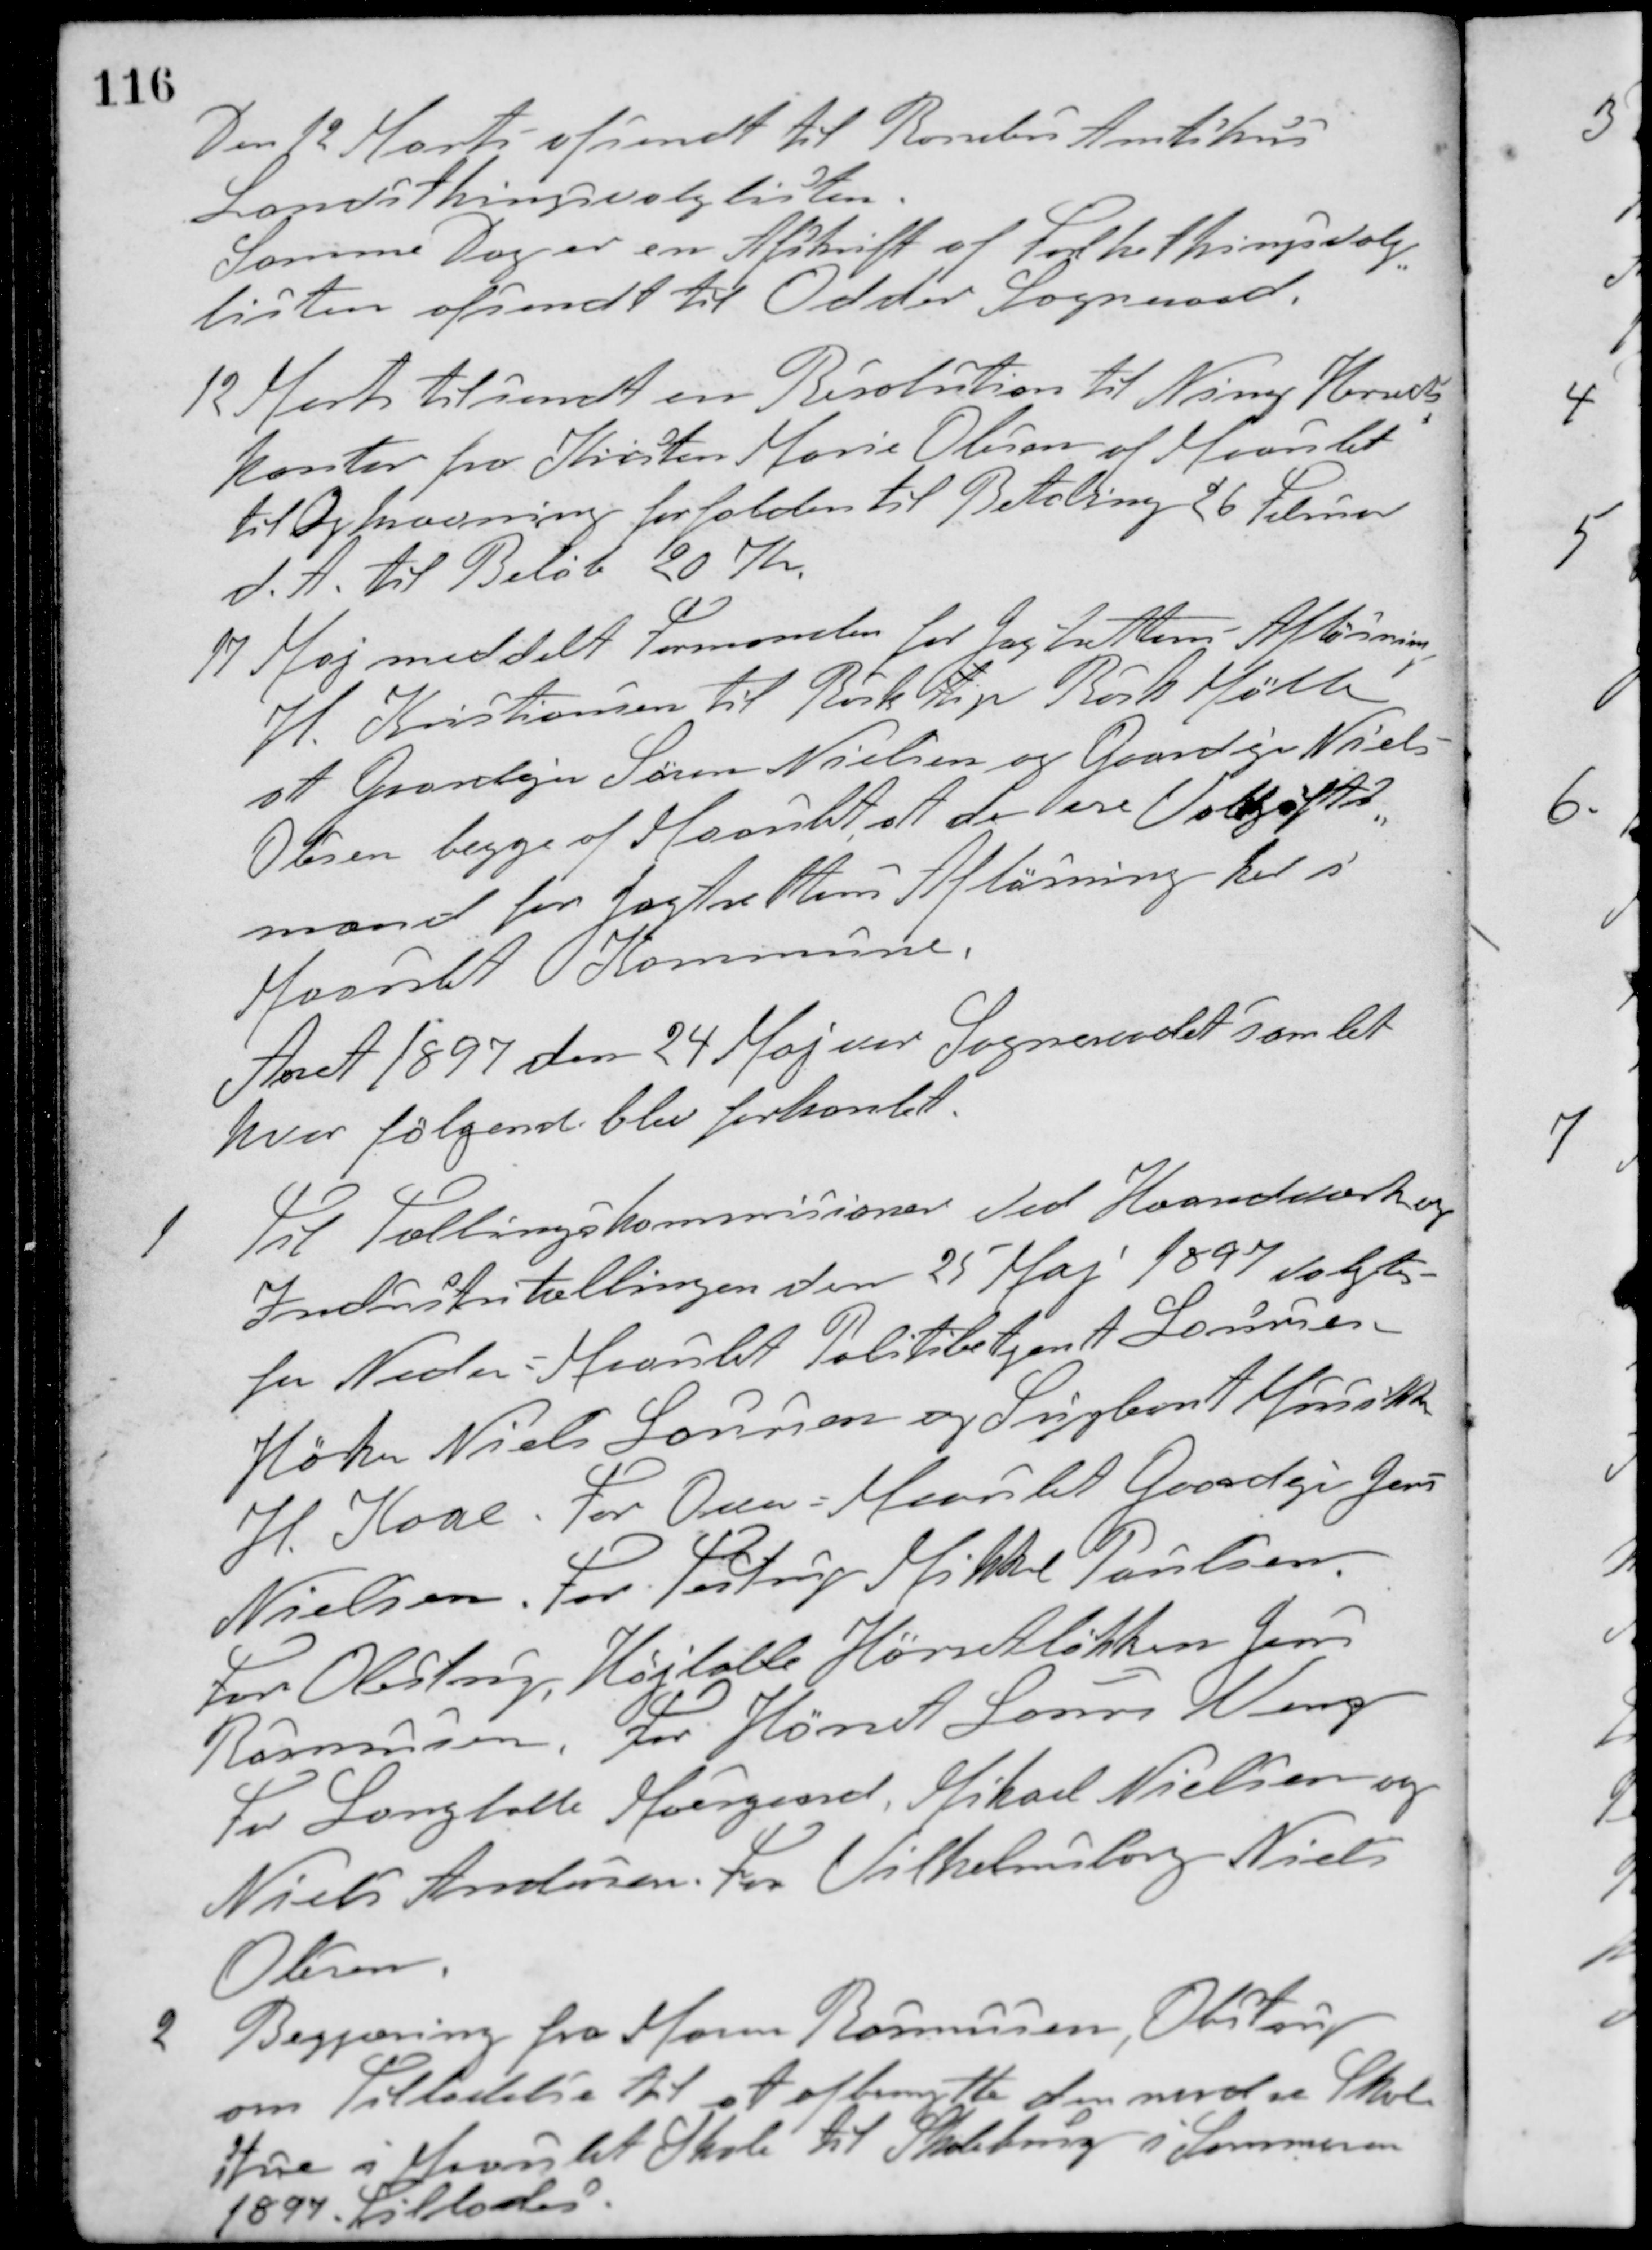
Transskription:
Den 12 Marts afsendt til Randers Amtshus
Landsthingsvalglisten.
Samme Dag er en Afskrift af Folkethingsvalg-
listen afsendt til Odder Sogneraad.
12 Marts tilsendt en Resolution til Ning Herreds
kontor fra Kirsten Marie Olesen af Maarslet
til Opkrævning forfalden til Betaling 26 Februar
d. A. til Beløb 20 Kr.
17 Maj meddelt Formanden for Jagtrettens Afløsning
H. Kristiansen til Birk tip Birk Mølle
at Gaardejer Søren Nielsen og Gaardejer Niels
Olesen begge af Maarslet at de ere Voldgifts-
mænd for Jagtrettens Afløsning her i
Maarslet Kommune.
Aaret 1897 den 24 Maj var Sogneraadet samlet
hvor følgende blev forhandlet.
1. Til Tællingskommisionen ved Haandværk og
Industritællingen den 25 Maj 1897 valgtes
for Neder-Maarslet Politibetjent A. Laursen
Høker Niels Laursen og Sigbart Mussak
H. Kaae. For Over-Maarslet Gaardejer Jens
Nielsen. For Testrup Mikkel Poulsen.
For Obstrup, Højballe, Hørretløkken Jens
Rasmussen, For Hørret Laurs Veng
For Langballe Moesgaard, Mikael Nielsen og
Niels Andersen. For Vilhelmsborg Niels
Olesen
2. Begjæring fra Maren Rasmussen, Obstrup
om Tilladelse til at afbenytte den nordre Skole-
stue i Maarslet Skole til Skolebrug i Sommeren
1897. Tillodes.